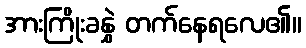
အားကြိုးခနွှဲ တက်နေရလေ၏။